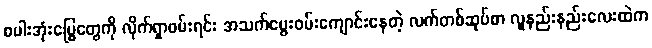
စပါးအုံးမြွေတွေကို လိုက်ရှာဖမ်းရင်း အသက်မွေးဝမ်းကျောင်းနေတဲ့ လက်တစ်ဆုပ်စာ လူနည်းနည်းလေးထဲက